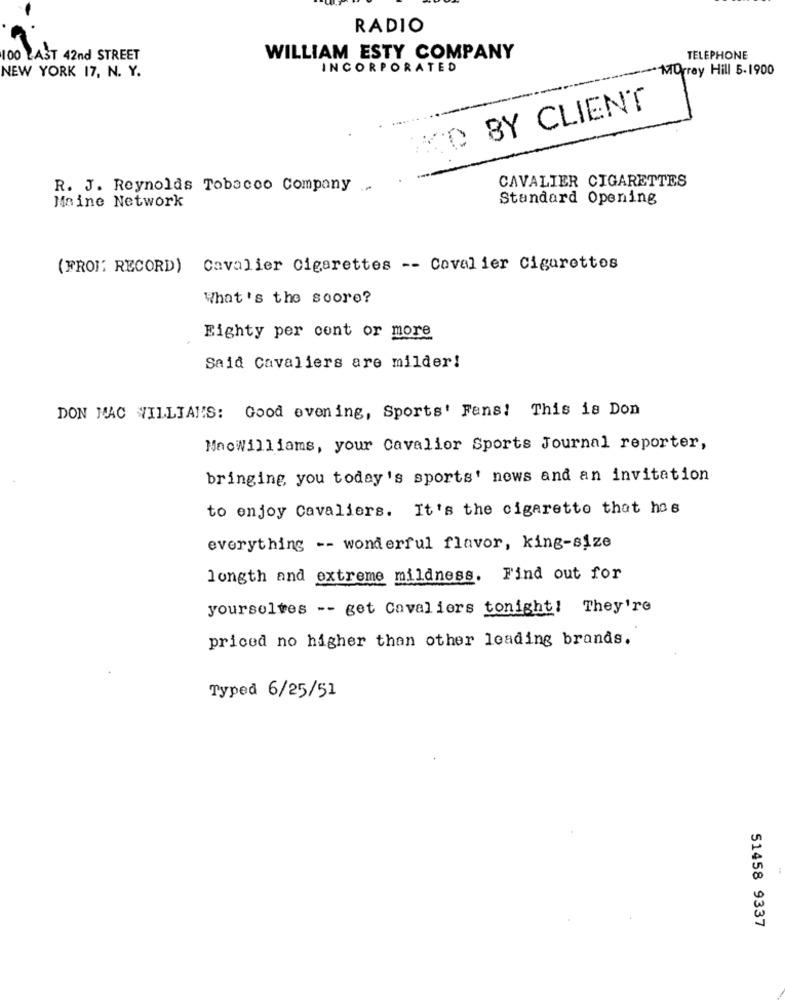
RADIO
100 LAST 42nd STREET
WILLIAM ESTY COMPANY
TELEPHONE
NEW YORK 17, N. Y.
INCORPORATED
Murray Hill 5-1900
MO BY CLIENT
R. J. Reynolds Tobacco Company
CAVALIER CIGARETTES
Maine Network
Standard Opening
(FROI' RECORD) Cavalier Cigarettes -- Cavalier Cigarettes
What's the score?
Eighty per cont or more
Said Cavaliers are milder!
DON MAC VILLIANS: Good evening, Sports' Fans! This is Don
MacWilliams, your Cavalier Sports Journal reporter,
bringing you today's sports' news and an invitation
to enjoy Cavaliers. It's the cigarette that has
everything -- wonderful flavor, king-size
longth and extreme mildness. Find out for
yourselves -- get Cavaliers tonight! They're
priced no higher than other leading brands.
Typed 6/25/51
51458 9337